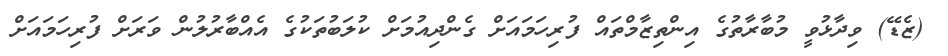
(ޒެޑޭ) ވިދާޅުވީ މުބާރާތުގެ އިންތިޒާމްތައް ފުރިހަމައަށް ގެންދިއުމަށް ކުލަބުތަކުގެ އެއްބާރުލުން ވަރަށް ފުރިހަމައަށް